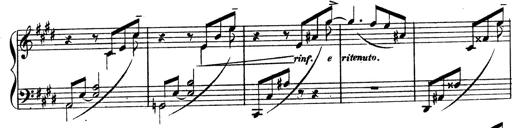
Title: 3 Caprices-Valses
Composer: Franz Liszt